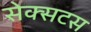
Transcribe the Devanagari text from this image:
सेक्सटस